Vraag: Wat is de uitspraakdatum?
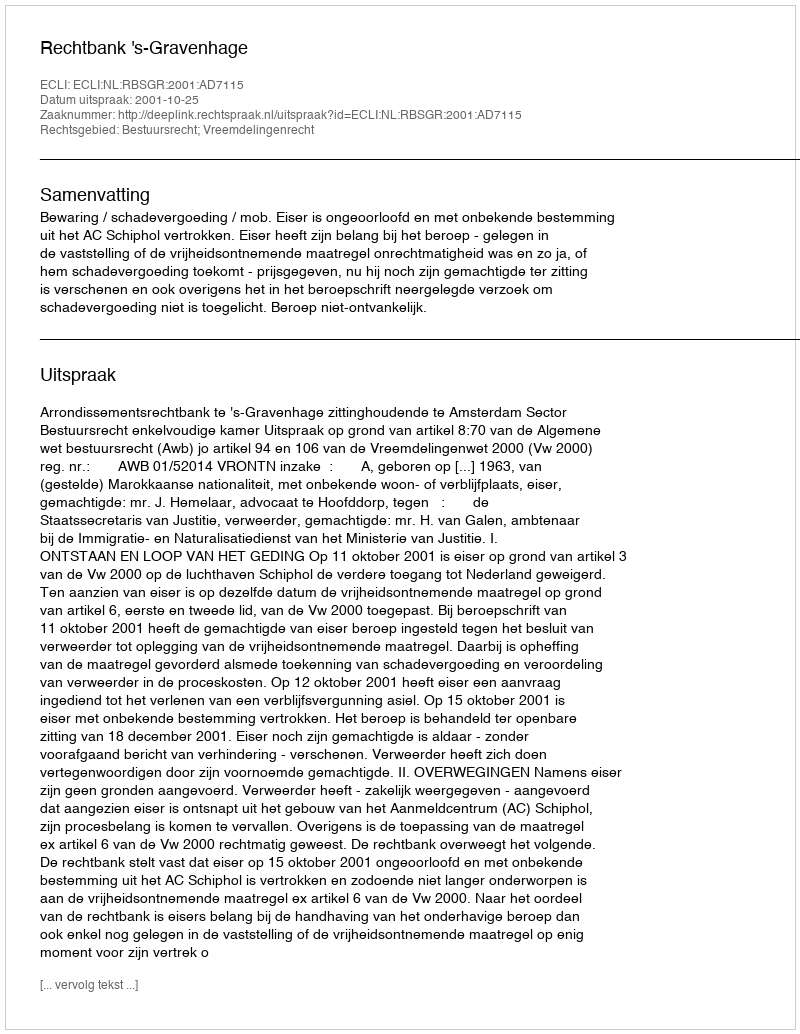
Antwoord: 2001-10-25